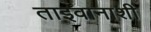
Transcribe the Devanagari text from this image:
ताइवानाशी